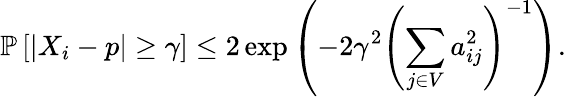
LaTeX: \mathbb{P}\left[|X_{i}-p|\ge\gamma\right]\leq 2\exp\left(-2\gamma^{2}\left(\sum_{j\in V}a_{ij}^{2}\right)^{-1}\right).